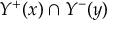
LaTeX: Y ^ { + } ( x ) \cap Y ^ { - } ( y )